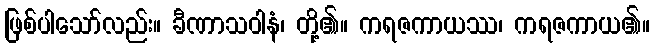
ဖြစ်ပါသော်လည်း။ ခီဏာသဝါနံ၊ တို့၏။ ကရဇကာယဿ၊ ကရဇကာယ၏။